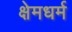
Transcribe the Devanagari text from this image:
क्षेमधर्म